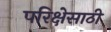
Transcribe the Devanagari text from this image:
परिक्षेसाठी